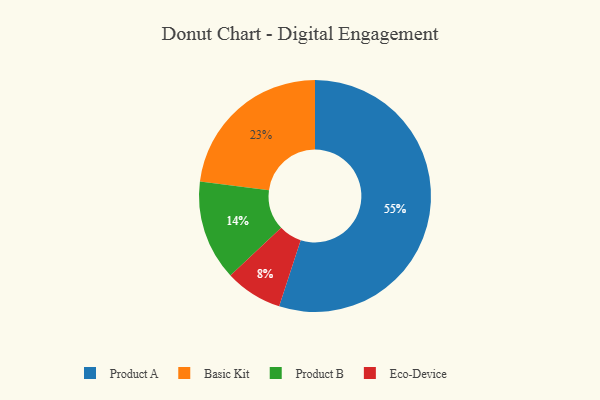
{"axis": {"x": "Category", "y": "Percentage"}, "legend": ["Basic Kit", "Eco-Device", "Product A", "Product B"], "data": [{"x": "Basic Kit", "y": 23, "type": "Basic Kit"}, {"x": "Product A", "y": 55, "type": "Product A"}, {"x": "Eco-Device", "y": 8, "type": "Eco-Device"}, {"x": "Product B", "y": 14, "type": "Product B"}]}